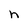
Character: h